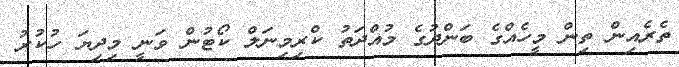
ތެރެއިން ތިން މީހެއްގެ ބަންދުގެ މުއްދަތު ކްރިމިނަލް ކޯޓުން ވަނީ މިދިޔަ ހުކުރު